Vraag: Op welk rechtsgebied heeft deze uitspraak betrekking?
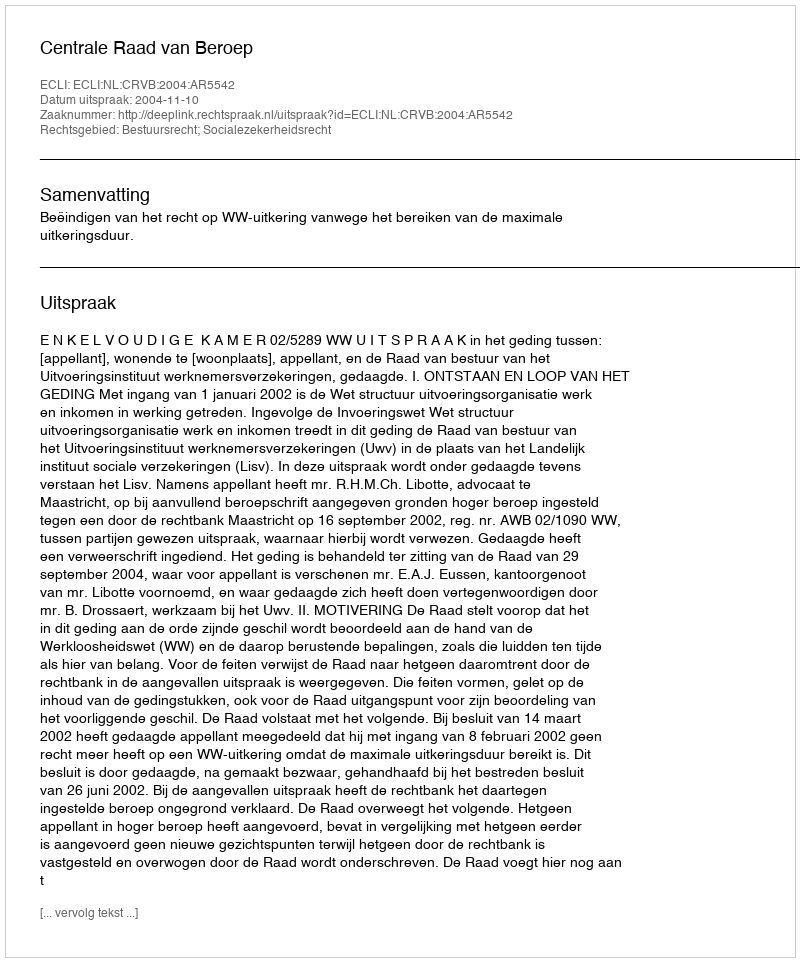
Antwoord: Bestuursrecht; Socialezekerheidsrecht